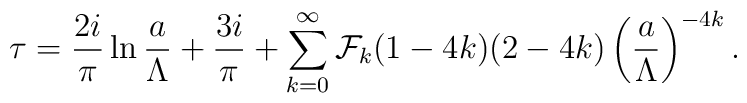
\tau={2i\over\pi}\ln{a\over\Lambda}+{3i\over\pi}+\sum_{k=0}^\infty {\cal F}_k(1-4k)(2-4k)\left({a\over \Lambda}\right)^{-4k}.